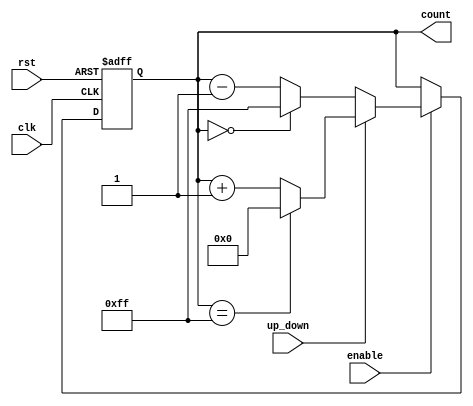
module UpDownCounter (
    input wire clk,           // Clock signal
    input wire rst,           // Asynchronous reset (active high)
    input wire up_down,       // Up/Down control signal (1 for up, 0 for down)
    input wire enable,        // Enable signal (1 to count, 0 to hold)
    output reg [7:0] count    // 8-bit count output
);

    // Parameter for maximum count value
    parameter MAX_COUNT = 8'hFF; // Maximum value for an 8-bit counter

    // Asynchronous reset
    always @(posedge clk or posedge rst) begin
        if (rst) begin
            count <= 8'h00; // Reset count to 0
        end else if (enable) begin
            if (up_down) begin
                // Increment the count with wrap-around
                if (count == MAX_COUNT) begin
                    count <= 8'h00; // Wrap around to 0 on overflow
                end else begin
                    count <= count + 1; // Increment count
                end
            end else begin
                // Decrement the count with wrap-around
                if (count == 8'h00) begin
                    count <= MAX_COUNT; // Wrap around to MAX_COUNT on underflow
                end else begin
                    count <= count - 1; // Decrement count
                end
            end
        end
    end

endmodule